Enquiry on enteric fever in India - Number 32
Disease focus: Fever
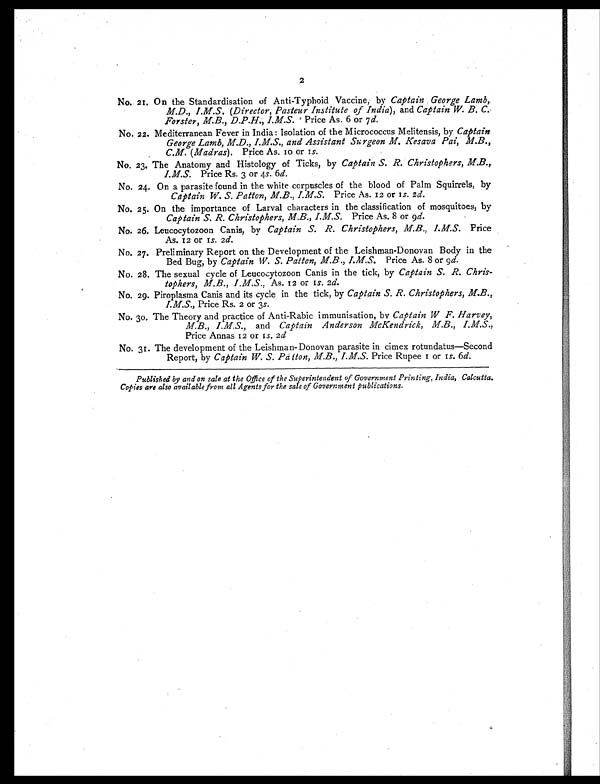
2
No. 21. 0n the Standardisation of Anti-Typhoid Vaccine, by Captain George Lamb,
M.D., I.M.S. (Director, Pasteur Institute of India), and Captain W. B. C.
Forster, M.B., D.P.H., I.M.S. Price As. 6 or 7d.
No. 22. Mediterranean Fever in India: Isolation of the Micrococcus Melitensis, by Captain
George Lamb, M.D., I.M.S., and Assistant Surgeon M. Kesava Pai, M.B.,
C.M. (Madras). Price As. 10 or 1s.
No. 23. The Anatomy and Histology of Ticks, by Captain S. R. Christophers, M.B.,
I.M.S. Price Rs. 3 or 4s. 6 d.
No. 24. On a parasite found in the white corpuscles of the blood of Palm Squirrels, by
Captain W. S. Patton, M.B., I.M,S. Price As. 12 or 1 s. 2 d.
No. 25. On the importance of Larval characters in the classification of mosquitoes, by
Captain S. R. Christophers, M.B., I.M.S. Price As. 8 or 9 d.
No. 26. Leucocytozoon Canis, by Captain S. R. Christophers, M.B., I.M.S. Price
As. 12 or 1s. 2d.
No. 27. Preliminary Report on the Development of the Leishman-Donovan Body in the
Bed Bug, by Captain W. S. Patten, M.B., I.M.S. Price As. 8 or 9 d.
No. 28. The sexual cycle of Leucocytozoon Canis in the tick, by Captain S. R. Chris-
tophers, M.B., I.M.S., As. 12 or 1s. 2d.
No. 29. Piroplasma Canis and its cycle in the tick, by Captain S. R. Christophers, M.B.,
I.M.S., Price Rs. 2 or 3 s.
No. 30. The Theory and practice of Anti-Rabic immunisation, by Captain W F. Harvey,
M.B., I.M.S., and Captain Anderson McKendrick, M.B., I.M.S.,
Price Annas 12 or 1 s. 2 d
No. 31. The development of the Leishman- Donovan parasite in cimex rotundatus—Second
Report, by Captain W. S. Pâtton, M.B., I.M.S. Price Rupee 1 or 1s. 6 d.
Published by and on sale at the Office of the Superintendent of Government Printing, India, Calcutta.
Copies are also available from all Agents for the sale of Government publications.